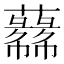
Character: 𱾼